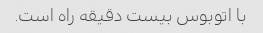
با اتوبوس بیست دقیقه راه است.